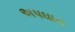
અપઘાત